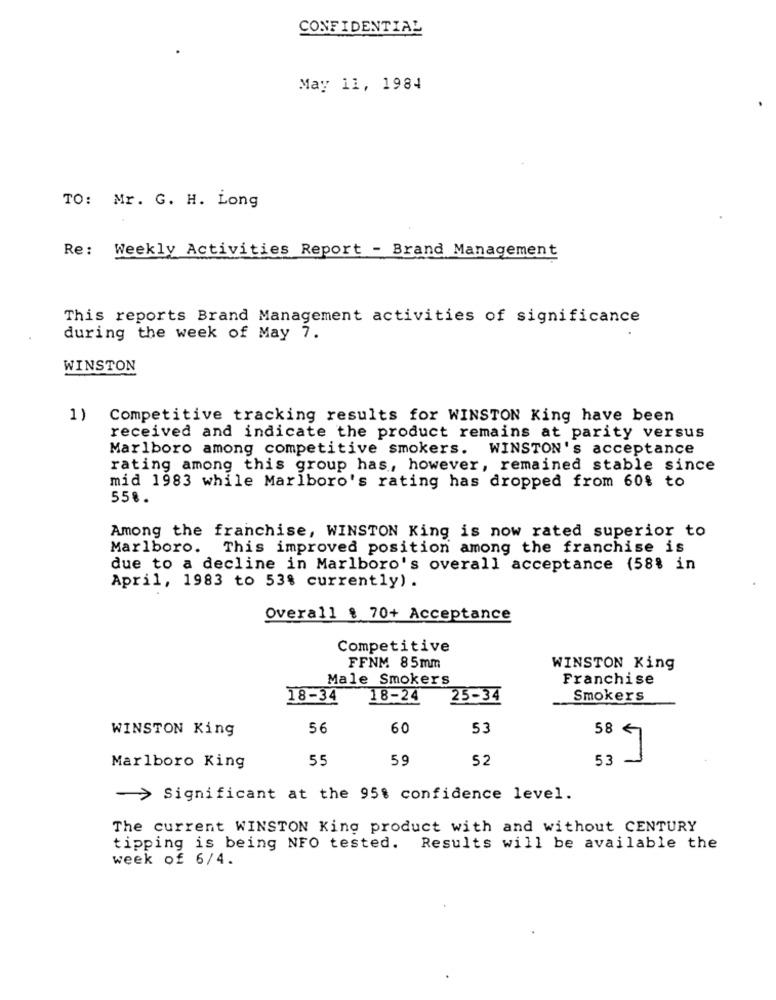
CONFIDENTIAL
May 11, 1984
TO: Mr. G. H. Long
Re: Weekly Activities Report - Brand Management
This reports Brand Management activities of significance
during the week of May 7.
WINSTON
1) Competitive tracking results for WINSTON King have been
received and indicate the product remains at parity versus
Marlboro among competitive smokers. WINSTON's acceptance
rating among this group has, however, remained stable since
mid 1983 while Marlboro's rating has dropped from 60% to
55%.
Among the franchise, WINSTON King is now rated superior to
Marlboro. This improved position among the franchise is
due to a decline in Marlboro's overall acceptance (58% in
April, 1983 to 53% currently) .
Overall % 70+ Acceptance
Competitive
FFNM 85mm
WINSTON King
Male Smokers
Franchise
18-34
18-24
25-34
Smokers
WINSTON King
56
60
53
58 €7
55
59
52
53
-
Marlboro King
> Significant at the 95% confidence level.
The current WINSTON King product with and without CENTURY
tipping is being NFO tested. Results will be available the
week of 6/4.